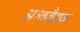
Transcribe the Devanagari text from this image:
अश्ववैद्यक